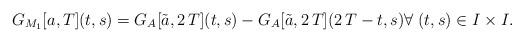
LaTeX: \begin{align*}G_{M_1}[a,T](t,s)= G_A[\tilde{a},2\,T](t,s)- G_A[\tilde{a},2\,T](2\,T-t,s) \forall \; (t,s)\in I\times I.\end{align*}